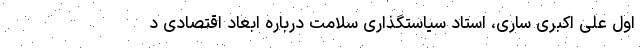
اول علی اکبری ساری، استاد سیاستگذاری سلامت درباره ابعاد اقتصادی د